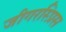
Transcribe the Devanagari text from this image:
जीगरस्प्रिस